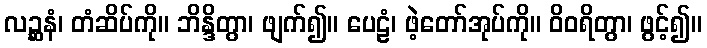
လဉ္ဆနံ၊ တံဆိပ်ကို။ ဘိန္ဒိတွာ၊ ဖျက်၍။ ပေဠံ၊ ဖဲ့တော်အုပ်ကို။ ဝိဝရိတွာ၊ ဖွင့်၍။